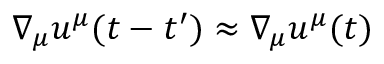
\nabla _ { \mu } u ^ { \mu } ( t - t ^ { \prime } ) \approx \nabla _ { \mu } u ^ { \mu } ( t )